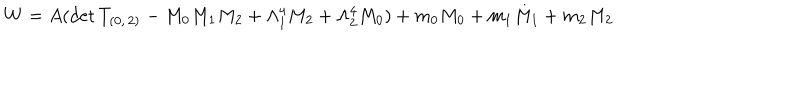
LaTeX: W = A ( \mathrm { d e t } \, T _ { ( 0 , \, 2 ) } - M _ { 0 } M _ { 1 } M _ { 2 } + \Lambda _ { 1 } ^ { 4 } M _ { 2 } + \Lambda _ { 2 } ^ { 4 } M _ { 0 } ) + m _ { 0 } M _ { 0 } + m _ { 1 } M _ { 1 } + m _ { 2 } M _ { 2 }